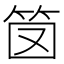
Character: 笝